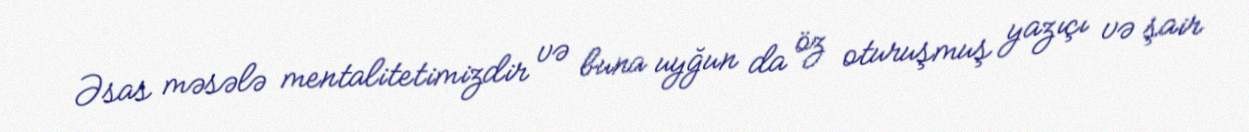
Əsas məsələ mentalitetimizdir və buna uyğun da öz oturuşmuş yazıçı və şair